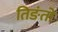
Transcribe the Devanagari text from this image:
तिङंतों